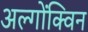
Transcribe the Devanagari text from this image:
अल्गोंक्विन